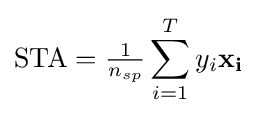
\mathrm {STA} ={\tfrac {1}{n_{sp}}}\sum _{i=1}^{T}y_{i}\mathbf {x_{i}}